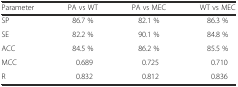
<table><thead><tr><td><b>Parameter</b></td><td><b>PA vs WT</b></td><td><b>PA vs MEC</b></td><td><b>WT vs MEC</b></td></tr></thead><tbody><tr><td>SP</td><td>86.7 %</td><td>82.1 %</td><td>86.3 %</td></tr><tr><td>SE</td><td>82.2 %</td><td>90.1 %</td><td>84.8 %</td></tr><tr><td>ACC</td><td>84.5 %</td><td>86.2 %</td><td>85.5 %</td></tr><tr><td>MCC</td><td>0.689</td><td>0.725</td><td>0.710</td></tr><tr><td>R</td><td>0.832</td><td>0.812</td><td>0.836</td></tr></tbody></table>